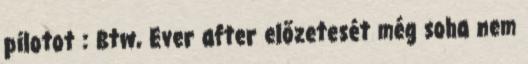
pilotot : Btw, Ever after előzetesét még soha nem